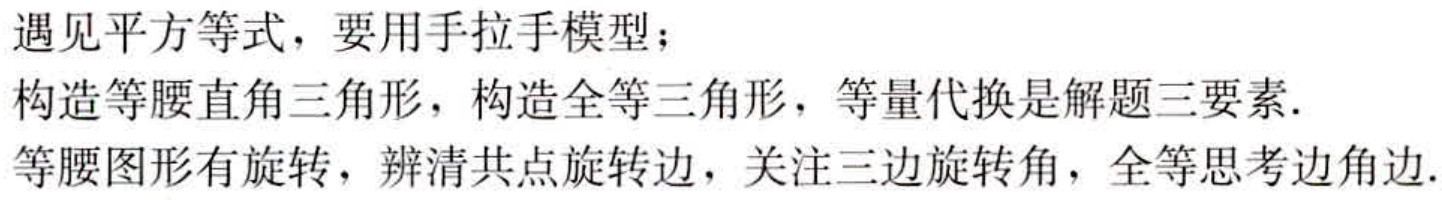
遇见平方等式，要用手拉手模型；

构造等腰直角三角形，构造全等三角形，等量代换是解题三要素.

等腰图形有旋转，辨清共点旋转边，关注三边旋转角，全等思考边角边.